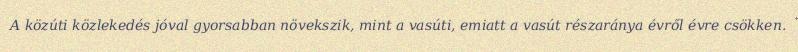
A közúti közlekedés jóval gyorsabban növekszik, mint a vasúti, emiatt a vasút részaránya évről évre csökken.